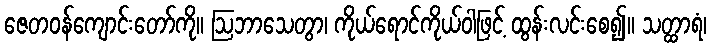
ဇေတဝန်ကျောင်းတော်ကို။ ဩဘာသေတွာ၊ ကိုယ်ရောင်ကိုယ်ဝါဖြင့် ထွန်းလင်းစေ၍။ သတ္ထာရံ၊